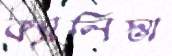
ক্যালিস্তা